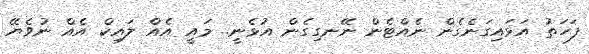
ފަހަތު އަޅައިގަނެގެން ނެއްޓެން ނޭނގިގެން އުޅެނީ.. މައީ އެއް ލައިކް އެއް ނުވެޔޭ